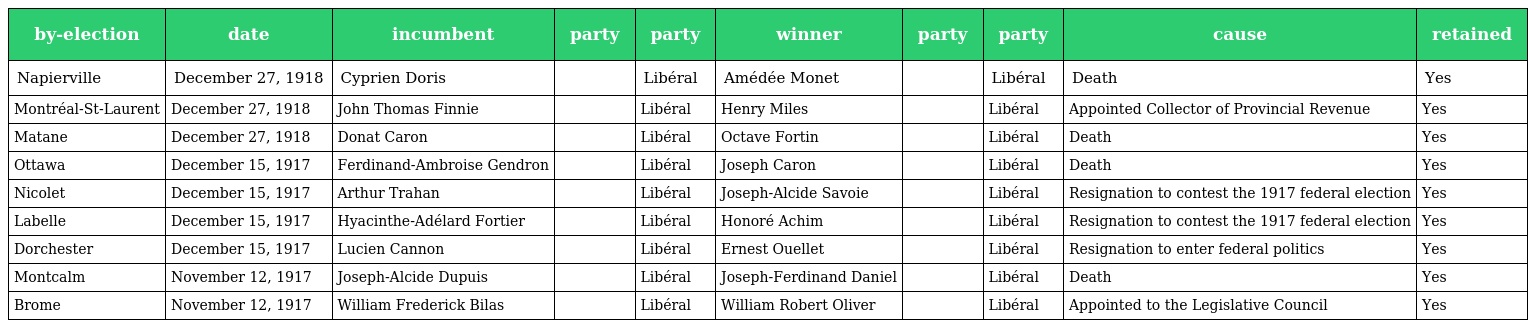
| by-election | date | incumbent | party | party | winner | party | party | cause | retained |
 | --- | --- | --- | --- | --- | --- | --- | --- | --- | --- |
 | Napierville | December 27, 1918 | Cyprien Doris |  | Libéral | Amédée Monet |  | Libéral | Death | Yes |
 | Montréal-St-Laurent | December 27, 1918 | John Thomas Finnie |  | Libéral | Henry Miles |  | Libéral | Appointed Collector of Provincial Revenue | Yes |
 | Matane | December 27, 1918 | Donat Caron |  | Libéral | Octave Fortin |  | Libéral | Death | Yes |
 | Ottawa | December 15, 1917 | Ferdinand-Ambroise Gendron |  | Libéral | Joseph Caron |  | Libéral | Death | Yes |
 | Nicolet | December 15, 1917 | Arthur Trahan |  | Libéral | Joseph-Alcide Savoie |  | Libéral | Resignation to contest the 1917 federal election | Yes |
 | Labelle | December 15, 1917 | Hyacinthe-Adélard Fortier |  | Libéral | Honoré Achim |  | Libéral | Resignation to contest the 1917 federal election | Yes |
 | Dorchester | December 15, 1917 | Lucien Cannon |  | Libéral | Ernest Ouellet |  | Libéral | Resignation to enter federal politics | Yes |
 | Montcalm | November 12, 1917 | Joseph-Alcide Dupuis |  | Libéral | Joseph-Ferdinand Daniel |  | Libéral | Death | Yes |
 | Brome | November 12, 1917 | William Frederick Bilas |  | Libéral | William Robert Oliver |  | Libéral | Appointed to the Legislative Council | Yes |